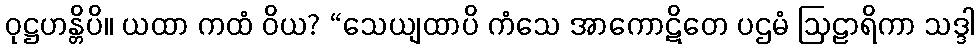
ဝုဋ္ဌဟန္တိပိ။ ယထာ ကထံ ဝိယ? “သေယျထာပိ ကံသေ အာကောဋိတေ ပဌမံ ဩဠာရိကာ သဒ္ဒါ